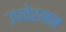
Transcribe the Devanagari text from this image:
उपचेरमन